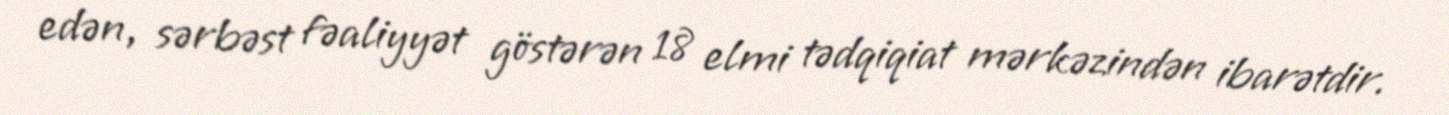
edən, sərbəst fəaliyyət göstərən 18 elmi tədqiqiat mərkəzindən ibarətdir.